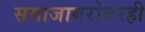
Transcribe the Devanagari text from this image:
समाजाबरोबरही